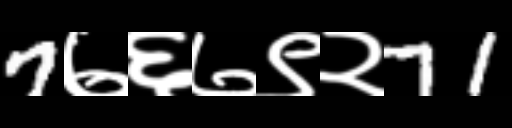
Text: 7७६७९२71